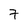
Character: 7